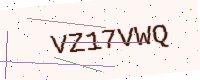
Text: VZ17VWQ